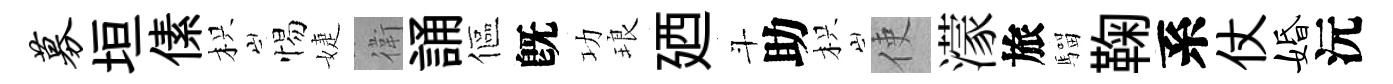
募垣傃枳惕婕衛誦傴旣功琅廼斗助枳使濛旅騮鞠系仗婚沅